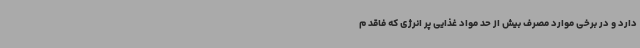
دارد و در برخی موارد مصرف بیش از حد مواد غذایی پر انرژی که فاقد م